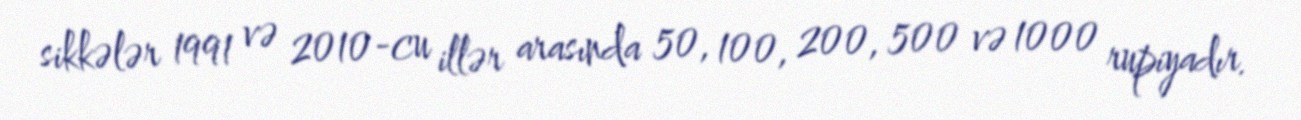
sikkələr 1991 və 2010-cu illər arasında 50, 100, 200, 500 və 1000 rupiyadır.